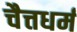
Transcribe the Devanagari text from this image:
चैत्तधर्म